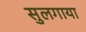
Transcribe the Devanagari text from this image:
सुलगाया